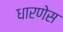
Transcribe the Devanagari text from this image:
धारणेस